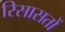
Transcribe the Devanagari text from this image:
रिसासतों